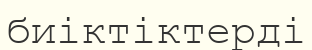
биіктіктерді